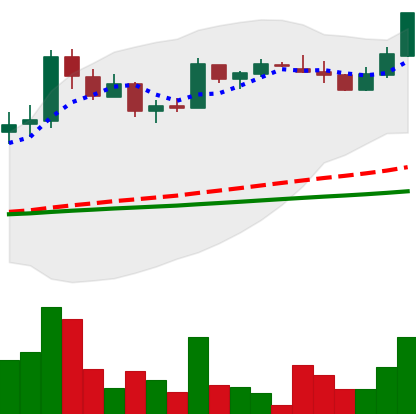
Ticker: LTC-USD
Chart end date: 2017-04-22
Forward return: 11.921%
Label: up_7plus